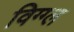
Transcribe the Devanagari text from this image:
विग्ग्ल